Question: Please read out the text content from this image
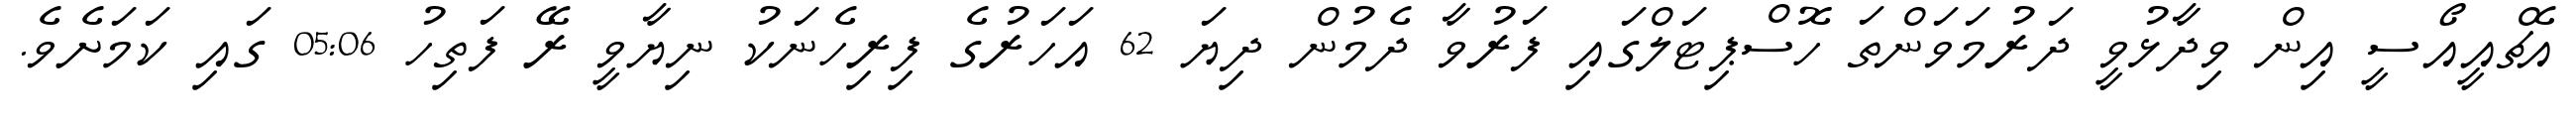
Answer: އެޗްއީއޯސީ އިން ވިދާޅުވީ ދަރުމަވަންތަ ހޮސްޕިޓަލްގައި ފަރުވާ ދެމުން ދިޔަ 62 އަހަރުގެ ފިރިހެނަކު ނިޔާވީ ރޭ ފަތިހު 05:06 ގައި ކަމަށެވެ.